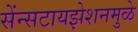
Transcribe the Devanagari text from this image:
सेंन्सटायझेशनमुळे